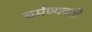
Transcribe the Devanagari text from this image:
चर्मण्यवती